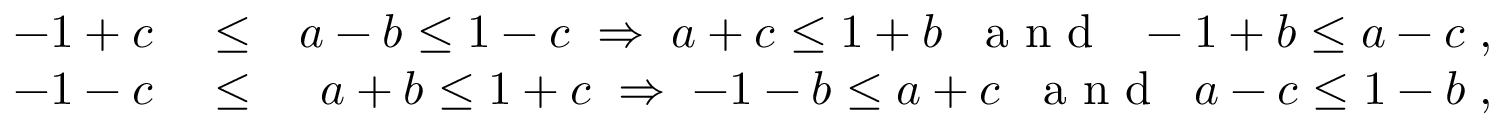
\begin{array} { r l r } { - 1 + c } & { { } \le } & { a - b \le 1 - c \; \Rightarrow \; a + c \le 1 + b \; \; \mathrm { ~ a ~ n ~ d ~ } \; \; - 1 + b \le a - c \; , } \\ { - 1 - c } & { { } \le } & { a + b \le 1 + c \; \Rightarrow \; - 1 - b \le a + c \; \; \mathrm { ~ a ~ n ~ d ~ } \; \; a - c \le 1 - b \; , } \end{array}